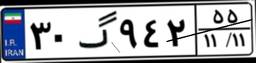
۸۰گ۶۶۸۴۰